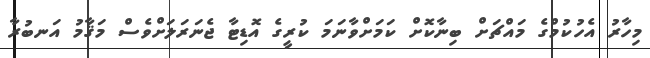
މިހާރު އެހުކުމްގެ މައްޗަށް ބިނާކޮށް ކަމަށްވާނަމަ ކުރީގެ އޮޑިޓާ ޖެނަރަލަށްވެސް މަޤާމު އަނބުރާ